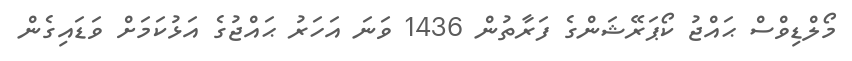
މޯލްޑިވްސް ޙައްޖު ކޯޕަރޭޝަންގެ ފަރާތުން 1436 ވަނަ އަހަރު ޙައްޖުގެ އަޅުކަމަށް ވަޑައިގެން